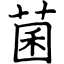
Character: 菌